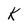
Character: k